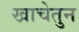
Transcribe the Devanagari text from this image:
खाचेतुन